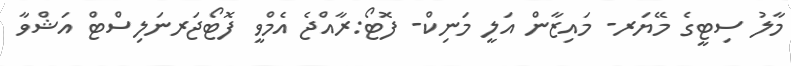
މާލު ސިޓީގެ މޭޔަރ- މައިޒާން އަލީ މަނިކް- ފޮޓޯ:ރާއްޖެ އެމްވީ ފޮޓޯޖަރނަލިސްޓް އަޝްވާ